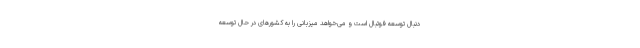
دنبال توسعه فوتبال است و می‌خواهد میزبانی را به کشورهای در حال توسعه